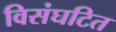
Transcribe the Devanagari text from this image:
विसंघटित